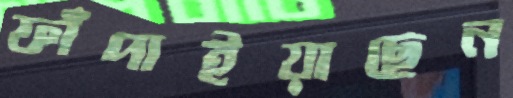
ফাঁপাইয়াছেন